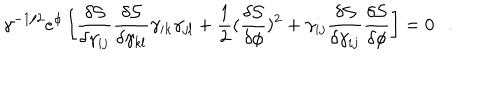
\gamma ^ { - 1 / 2 } e ^ { \phi } \left[ \frac { \delta \mathcal { S } } { \delta \gamma _ { i j } } \frac { \delta \mathcal { S } } { \delta \gamma _ { k l } } \gamma _ { i k } \gamma _ { j l } + \frac { 1 } { 2 } ( \frac { \delta \mathcal { S } } { \delta \phi } ) ^ { 2 } + \gamma _ { i j } \frac { \delta \mathcal { S } } { \delta \gamma _ { i j } } \frac { \delta \mathcal { S } } { \delta \phi } \right] = 0 .